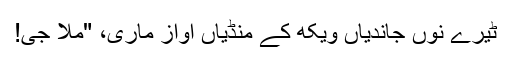
ٹیرے نوں جاندیاں ویکھ کے مُنڈیاں اواز ماری، "مُلا جی!